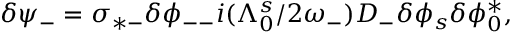
\begin{array} { r } { \delta \psi _ { - } = \sigma _ { * - } \delta \phi _ { -- } i ( \Lambda _ { 0 } ^ { s } / 2 \omega _ { - } ) D _ { - } \delta \phi _ { s } \delta \phi _ { 0 } ^ { * } , } \end{array}